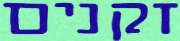
זקנים